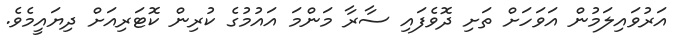
އަރުވައިލަމުން އަވަހަށް ތަށި ދޮވެފައި ސާރާ މަންމަ އައުމުގެ ކުރިން ކޮޓަރިއަށް ދިޔައީމެވެ.